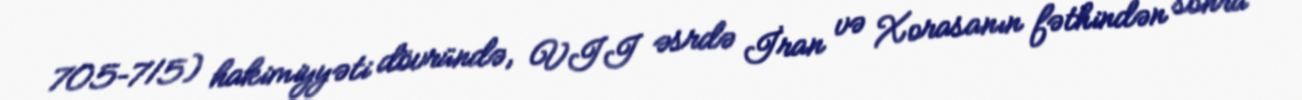
705–715) hakimiyyəti dövründə, VII əsrdə İran və Xorasanın fəthindən sonra